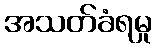
အသတ်ခံရမှု